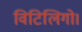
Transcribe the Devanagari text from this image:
विटिलिगो।